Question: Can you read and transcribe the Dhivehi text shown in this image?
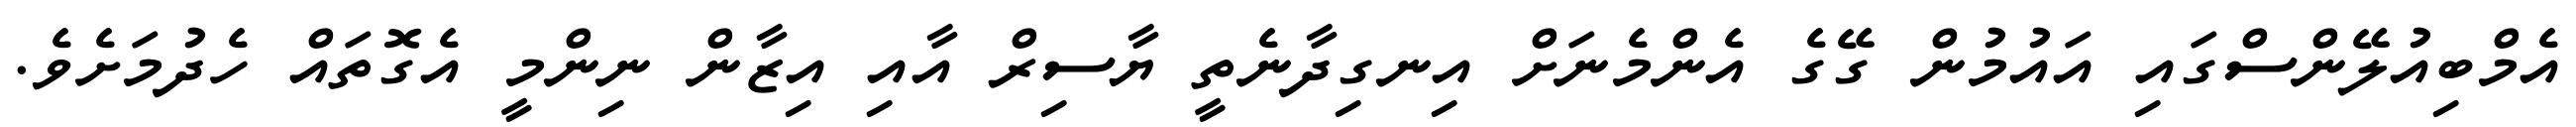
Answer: އެމްބިއުލޭންސްގައި އައުމުން ގޭގެ އެންމެނަށް އިނގިދާނެތީ ޔާސިރް އާއި އިޒާން ނިންމީ އެގޮތައް ހެދުމަށެވެ.